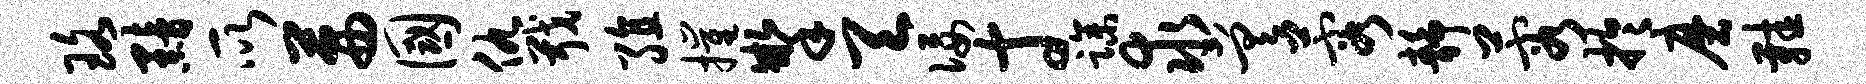
珞黯所茜国仇戢殖摧掣天佞寸躁求差蓉静蓉於磨鞋